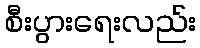
စီးပွားရေးလည်း